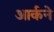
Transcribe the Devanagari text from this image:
आर्कने